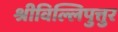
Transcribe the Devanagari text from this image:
श्रीविल्लिपुत्तुर